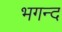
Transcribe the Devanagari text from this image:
भगन्द